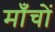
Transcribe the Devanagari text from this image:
माँचों